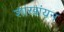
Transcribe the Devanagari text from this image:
शाखांयन